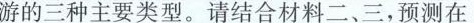
(3(1)2016~2018年，中国农村居民出境游人数的增长幅度明显高于城镇居民出境游人数的增长幅度，0”后和”80”后比较有条件走出国门石世界)中国民众出境游选择”生活体验慢慢慢”多是”90”后和”0材料三中，三幅图代表了中国民众出境游的三种主要类型。请结合材料二、三，预测在接下来的五年中，这三种类型中哪一种预测在中国民众出境游的主要趋势，并简述你的理(3分